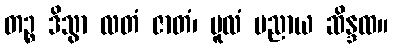
တဉ္စ ဒိသွာ လတံ ဇာတံ၊ မူလံ ပညာယ ဆိန္ဒထ။